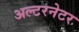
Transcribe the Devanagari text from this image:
अल्‍टरनेटर